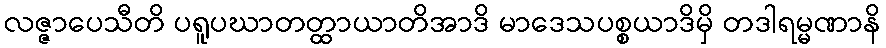
လဇ္ဇာပေသီတိ ပရူပဃာတတ္ထာယာတိအာဒိ မာဒေသပစ္စယာဒိမှိ တဒါရမ္မဏာနိ